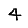
Digit: 4